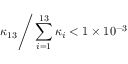
{ \kappa _ { 1 3 } } \mathord { \left/ { \vphantom { \kappa _ { 1 3 } \sum _ { i = 1 } ^ { 1 3 } \kappa _ { i } } } \right. \kern - \nulldelimiterspace } \sum _ { i = 1 } ^ { 1 3 } \kappa _ { i } < 1 \times 1 0 ^ { - 3 }